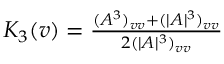
\begin{array} { r } { K _ { 3 } ( v ) = \frac { ( A ^ { 3 } ) _ { v v } + ( | A | ^ { 3 } ) _ { v v } } { 2 ( | A | ^ { 3 } ) _ { v v } } } \end{array}